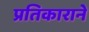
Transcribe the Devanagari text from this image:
प्रतिकाराने